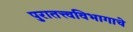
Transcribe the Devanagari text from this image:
पुरातत्त्वविभागाचे